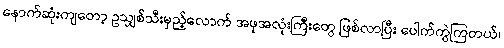
နောက်ဆုံးကျတော့ ဥသျှစ်သီးမှည့်လောက် အဖုအလုံးကြီးတွေ ဖြစ်လာပြီး ပေါက်ကွဲကြတယ်၊